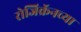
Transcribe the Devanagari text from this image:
रोजिक्रॅनच्या